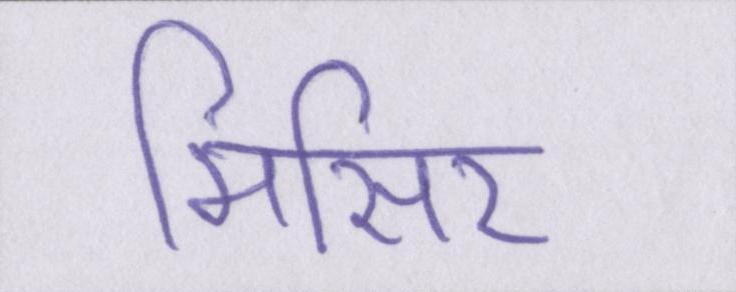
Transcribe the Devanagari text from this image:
मिसिर